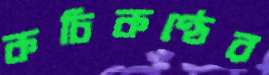
কচিকণ্ঠের